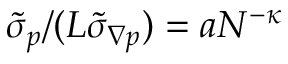
\tilde { \sigma } _ { p } / ( L \tilde { \sigma } _ { \boldsymbol { \nabla } p } ) = a N ^ { - \kappa }